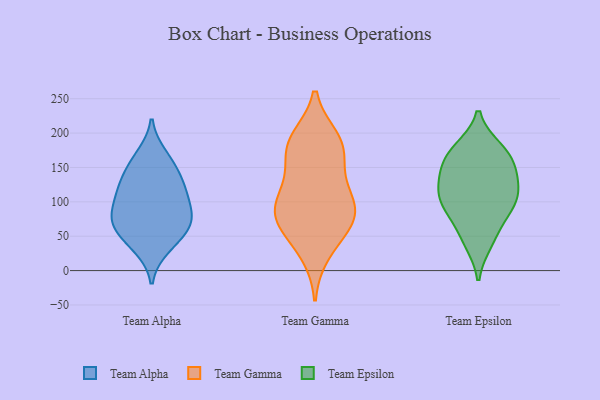
{"axis": {"x": "Demand Index", "y": "Value"}, "legend": ["Team Alpha", "Team Epsilon", "Team Gamma"], "data": [{"x": "", "y": 72, "type": "Team Alpha"}, {"x": "", "y": 73, "type": "Team Alpha"}, {"x": "", "y": 155, "type": "Team Alpha"}, {"x": "", "y": 115, "type": "Team Alpha"}, {"x": "", "y": 167, "type": "Team Alpha"}, {"x": "", "y": 123, "type": "Team Alpha"}, {"x": "", "y": 34, "type": "Team Alpha"}, {"x": "", "y": 72, "type": "Team Alpha"}, {"x": "", "y": 137, "type": "Team Alpha"}, {"x": "", "y": 64, "type": "Team Alpha"}, {"x": "", "y": 44, "type": "Team Alpha"}, {"x": "", "y": 108, "type": "Team Alpha"}, {"x": "", "y": 91, "type": "Team Alpha"}, {"x": "", "y": 79, "type": "Team Gamma"}, {"x": "", "y": 185, "type": "Team Gamma"}, {"x": "", "y": 75, "type": "Team Gamma"}, {"x": "", "y": 111, "type": "Team Gamma"}, {"x": "", "y": 94, "type": "Team Gamma"}, {"x": "", "y": 54, "type": "Team Gamma"}, {"x": "", "y": 76, "type": "Team Gamma"}, {"x": "", "y": 101, "type": "Team Gamma"}, {"x": "", "y": 181, "type": "Team Gamma"}, {"x": "", "y": 174, "type": "Team Gamma"}, {"x": "", "y": 26, "type": "Team Gamma"}, {"x": "", "y": 191, "type": "Team Gamma"}, {"x": "", "y": 141, "type": "Team Gamma"}, {"x": "", "y": 103, "type": "Team Epsilon"}, {"x": "", "y": 164, "type": "Team Epsilon"}, {"x": "", "y": 175, "type": "Team Epsilon"}, {"x": "", "y": 135, "type": "Team Epsilon"}, {"x": "", "y": 96, "type": "Team Epsilon"}, {"x": "", "y": 113, "type": "Team Epsilon"}, {"x": "", "y": 49, "type": "Team Epsilon"}, {"x": "", "y": 41, "type": "Team Epsilon"}, {"x": "", "y": 162, "type": "Team Epsilon"}, {"x": "", "y": 127, "type": "Team Epsilon"}, {"x": "", "y": 93, "type": "Team Epsilon"}, {"x": "", "y": 138, "type": "Team Epsilon"}, {"x": "", "y": 177, "type": "Team Epsilon"}, {"x": "", "y": 83, "type": "Team Epsilon"}]}